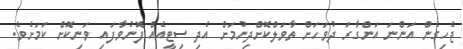
ޖެހިގެން އަންނަ އަންގާރަ ދުވަހަށް ތާވަލްކޮށްދިނުމަށް އެދި ސިޓީއެއް ފޮނުވާފައި ވަނިކޮށް ކަމަށެވެ.